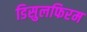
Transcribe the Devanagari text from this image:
डिसुलफिरम